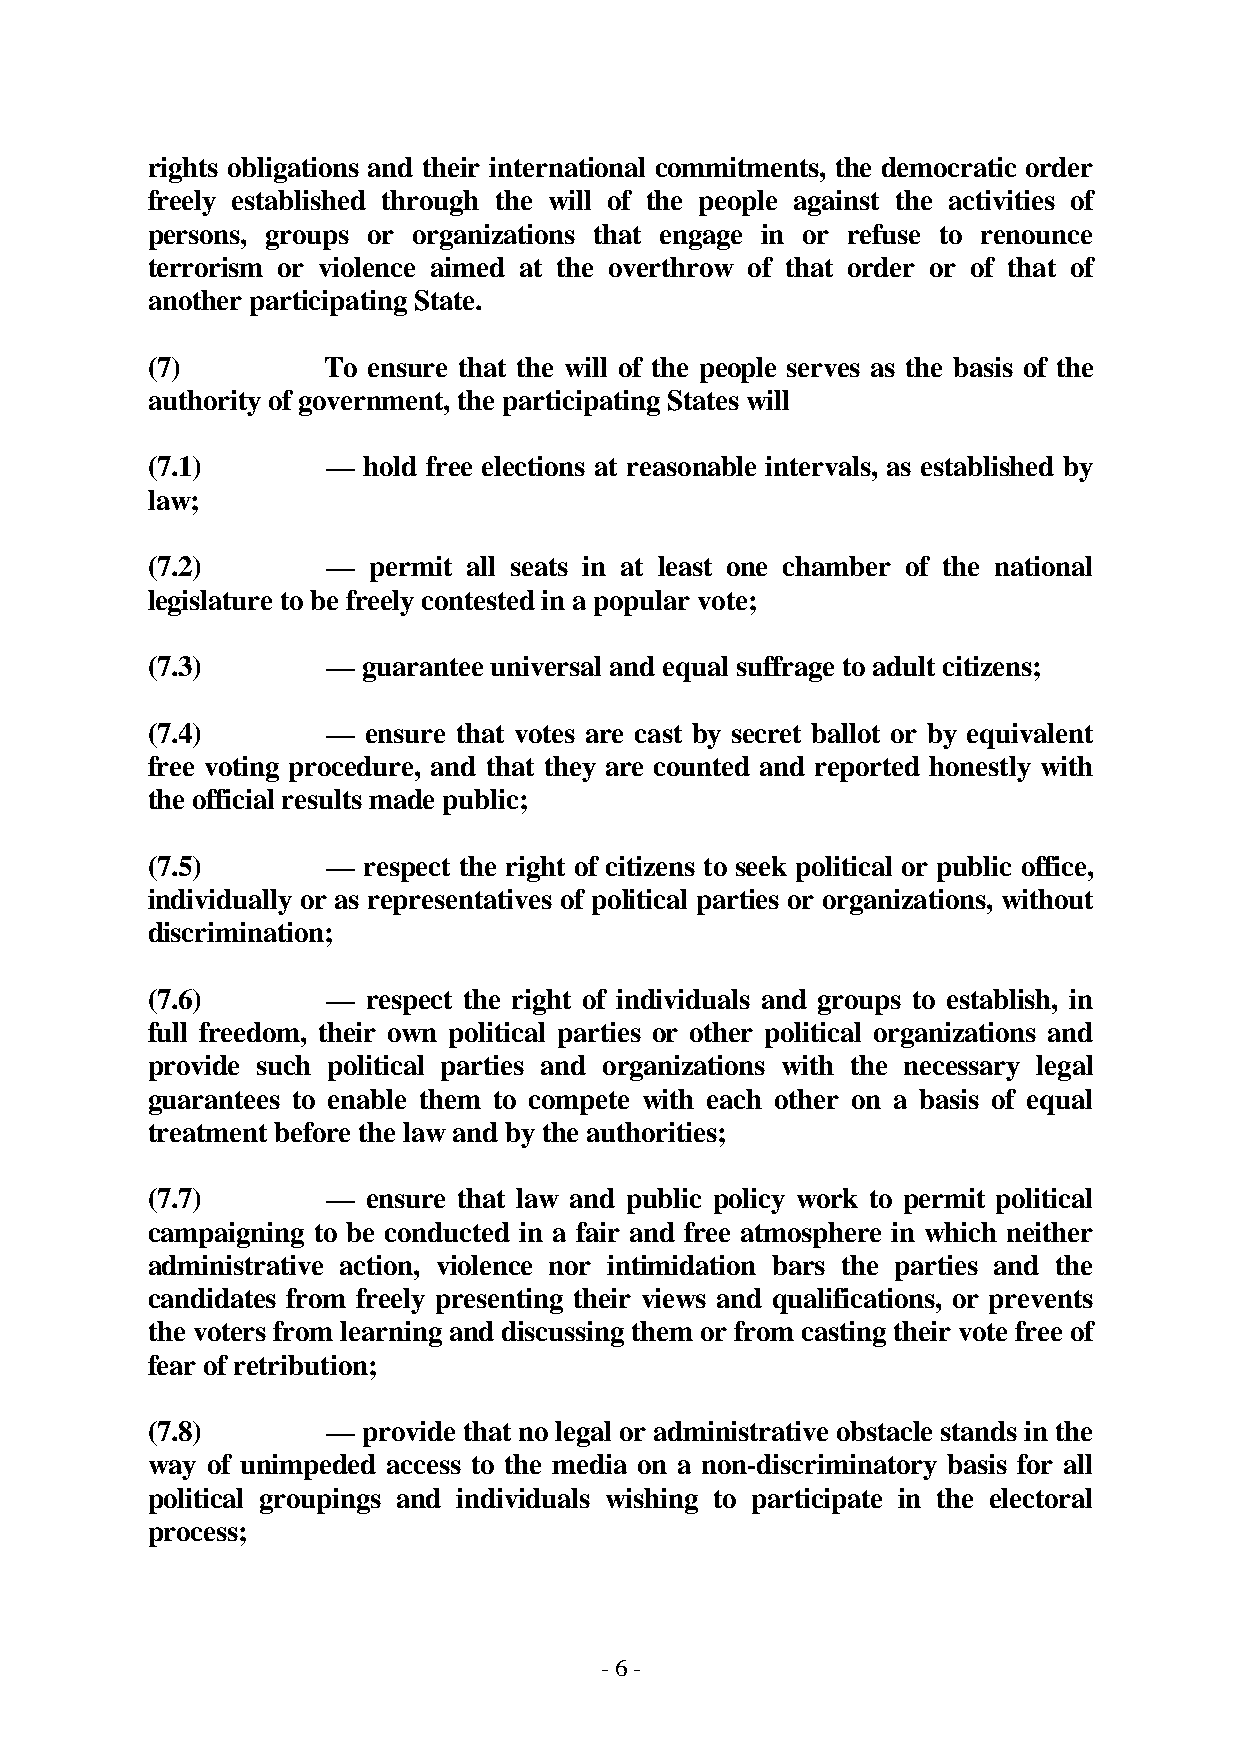
rights obligations and their international commitments, the democratic order
 freely established through the will of the people against the activities of
 persons, groups or organizations that engage in or refuse to renounce
 terrorism or violence aimed at the overthrow of that order or of that of
 another participating State.
 (7)         To ensure that the will of the people serves as the basis of the
 authority of government, the participating States will
 (7.1)       — hold free elections at reasonable intervals, as established by
 law;
 (7.2)       — permit all seats in at least one chamber of the national
 legislature to be freely contested in a popular vote;
 (7.3)       — guarantee universal and equal suffrage to adult citizens;
 (7.4)       — ensure that votes are cast by secret ballot or by equivalent
 free voting procedure, and that they are counted and reported honestly with
 the official results made public;
 (7.5)       — respect the right of citizens to seek political or public office,
 individually or as representatives of political parties or organizations, without
 discrimination;
 (7.6)       — respect the right of individuals and groups to establish, in
 full freedom, their own political parties or other political organizations and
 provide such political parties and organizations with the necessary legal
 guarantees to enable them to compete with each other on a basis of equal
 treatment before the law and by the authorities;
 (7.7)       — ensure that law and public policy work to permit political
 campaigning to be conducted in a fair and free atmosphere in which neither
 administrative action, violence nor intimidation bars the parties and the
 candidates from freely presenting their views and qualifications, or prevents
 the voters from learning and discussing them or from casting their vote free of
 fear of retribution;
 (7.8)       — provide that no legal or administrative obstacle stands in the
 way of unimpeded access to the media on a non-discriminatory basis for all
 political groupings and individuals wishing to participate in the electoral
 process;
 - 6 -